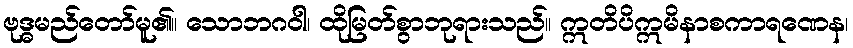
ဗုဒ္ဓမည်တော်မူ၏။ သောဘဂဝါ၊ ထိုမြတ်စွာဘုရားသည်။ ဣတိပိဣမိနာစကာရဏေန၊